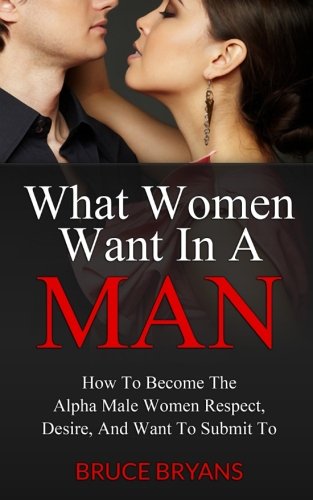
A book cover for What Women Want In A Man: How To Become The Alpha Male Women Respect, Desire, And Want To Submit To; Bruce Bryans; Medical Books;